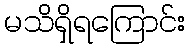
မသိရှိရကြောင်း